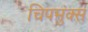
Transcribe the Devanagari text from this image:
चिपमुंक्स